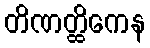
တိဏတ္ထိကေန